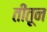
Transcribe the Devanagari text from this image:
तींतून